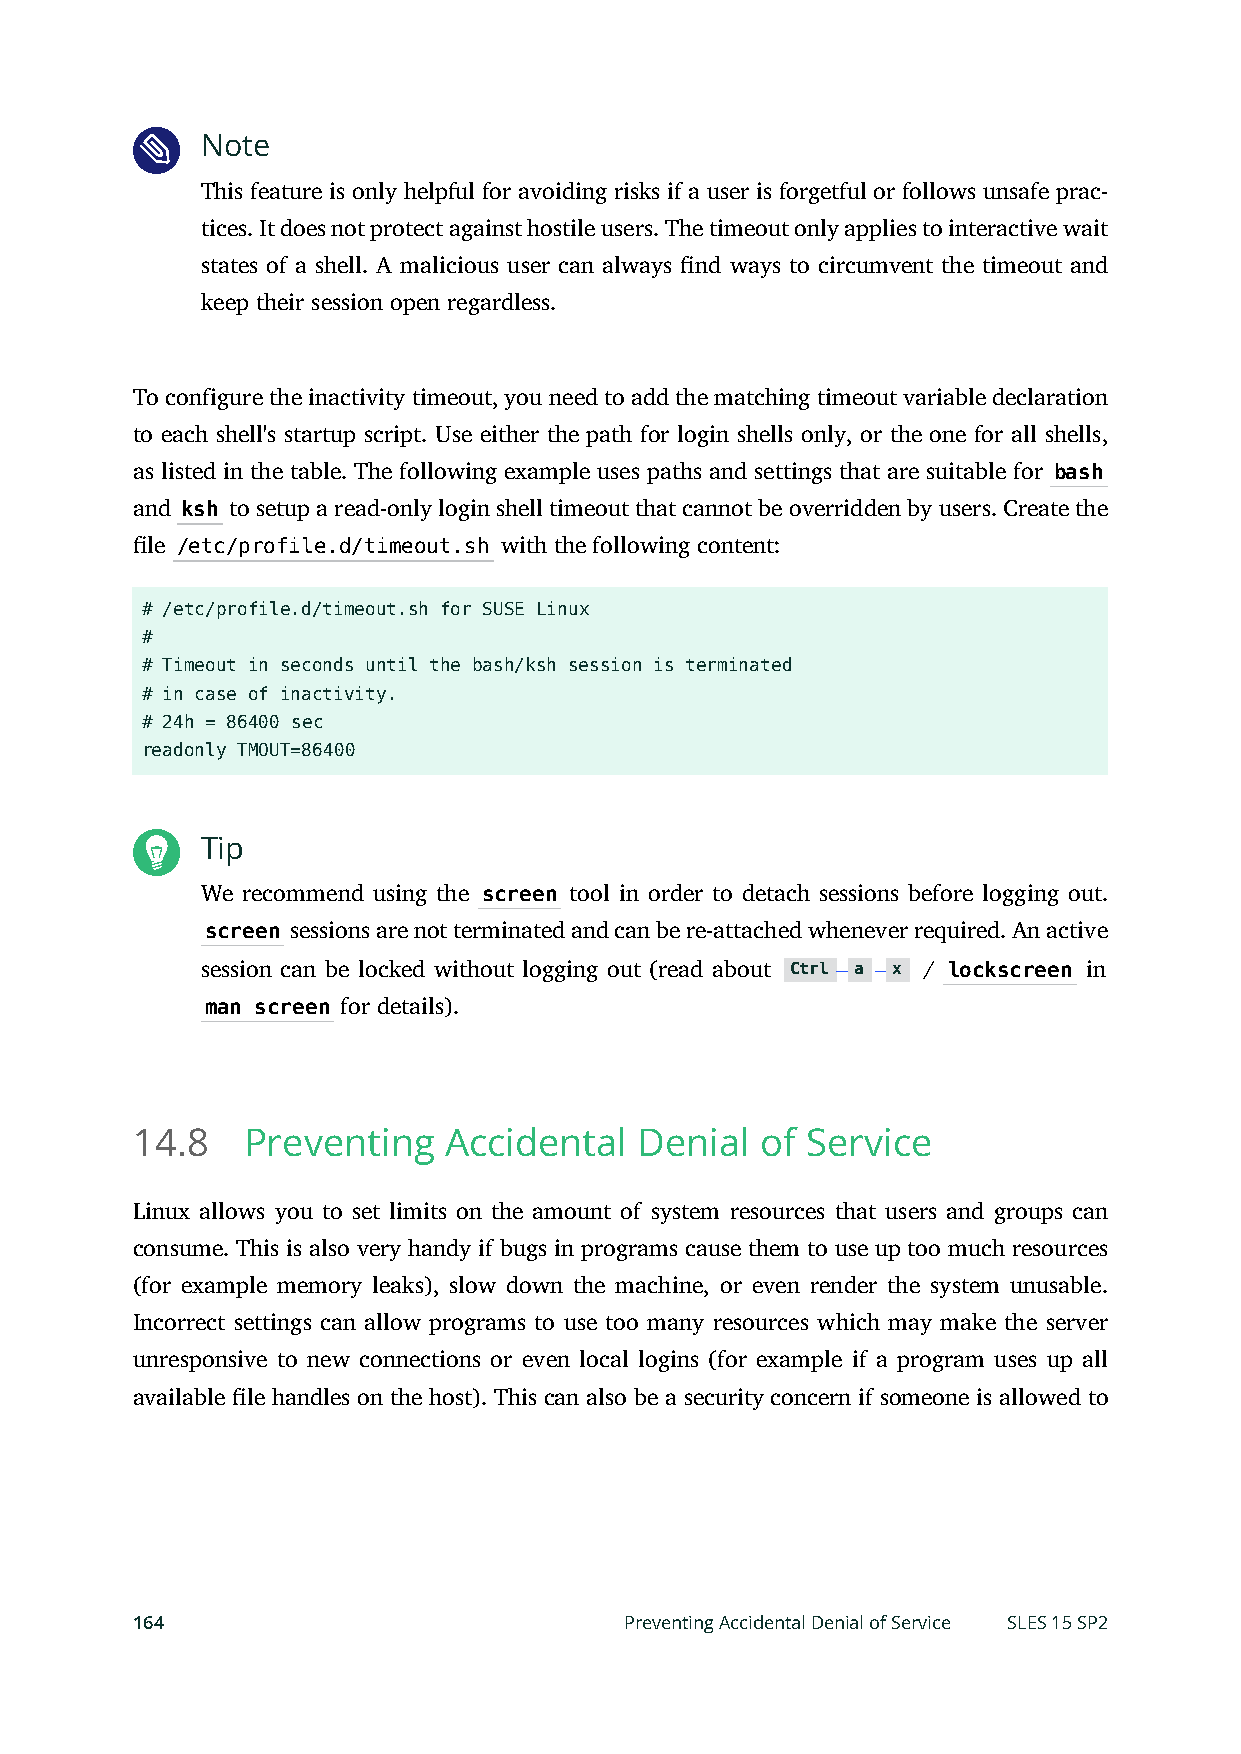
Note
 This feature is only helpful for avoiding risks if a user is forgetful or follows unsafe prac-
 tices. It does not protect against hostile users. The timeout only applies to interactive wait
 states of a shell. A malicious user can always nd ways to circumvent the timeout and
 keep their session open regardless.
 To configure the inactivity timeout, you need to add the matching timeout variable declaration
 to each shell's startup script. Use either the path for login shells only, or the one for all shells,
 as listed in the table. The following example uses paths and settings that are suitable for bash
 and ksh to setup a read-only login shell timeout that cannot be overridden by users. Create the
 le /etc/profile.d/timeout.sh with the following content:
 # /etc/profile.d/timeout.sh for SUSE Linux
 #
 # Timeout in seconds until the bash/ksh session is terminated
 # in case of inactivity.
 # 24h = 86400 sec
 readonly TMOUT=86400
 Tip
 We recommend using the screen tool in order to detach sessions before logging out.
 screen sessions are not terminated and can be re-attached whenever required. An active
 session can be locked without logging out (read about Ctrl –a –x / lockscreen in
 man screen for details).
 14.8   Preventing   Accidental   Denial  of Service
 Linux allows you to set limits on the amount of system resources that users and groups can
 consume. This is also very handy if bugs in programs cause them to use up too much resources
 (for example memory leaks), slow down the machine, or even render the system unusable.
 Incorrect settings can allow programs to use too many resources which may make the server
 unresponsive to new connections or even local logins (for example if a program uses up all
 available le handles on the host). This can also be a security concern if someone is allowed to
 164                             Preventing Accidental Denial of Service SLES 15 SP2